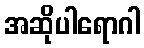
အဆိုပါရောဂါ